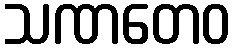
သဏတေဝ